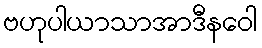
ဗဟုပါယာသာအာဒီနဝေါ